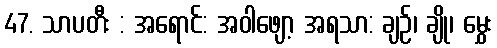
47. သာပတီး : အရောင်: အဝါဖျော့ အရသာ: ချဉ်၊ ချို၊ မွှေး